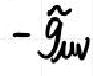
$-\tilde{g}_{uv}$